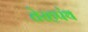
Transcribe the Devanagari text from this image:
तेरहपंथ